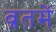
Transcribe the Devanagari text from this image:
व्रतमें